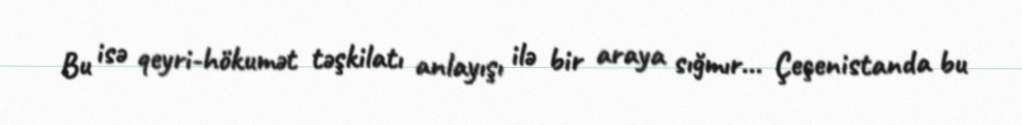
Bu isə qeyri-hökumət təşkilatı anlayışı ilə bir araya sığmır... Çeçenistanda bu